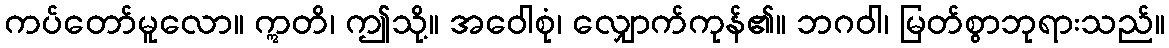
ကပ်တော်မူလော။ ဣတိ၊ ဤသို့။ အဝေါစုံ၊ လျှောက်ကုန်၏။ ဘဂဝါ၊ မြတ်စွာဘုရားသည်။